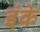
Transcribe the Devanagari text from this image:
इंके